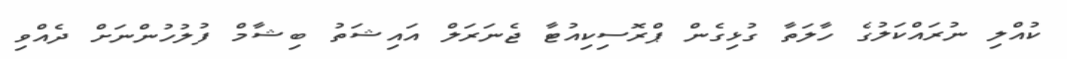
ކުއްލި ނުރައްކަލުގެ ހާލަތާ ގުޅިގެން ޕްރޮސިކިއުޓާ ޖެނަރަލް އައިޝަތު ބިޝާމް ފުލުހުންނަށް ދެއްވި